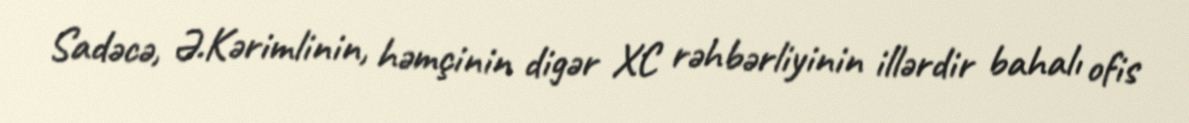
Sadəcə, Ə.Kərimlinin, həmçinin digər XC rəhbərliyinin illərdir bahalı ofis